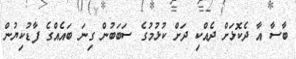
ބާސާ އާ ދެކޮޅަށް ދެއްކި ދަށް ކުޅުމުގެ ސަބަބުން ގިނަ ބައެއްގެ ފާޑުކިޔުން